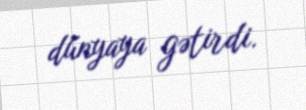
dünyaya gətirdi.